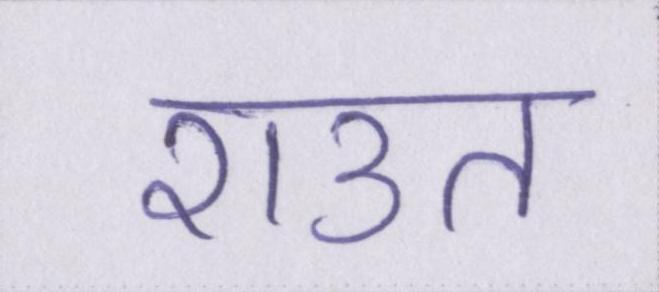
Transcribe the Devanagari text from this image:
राउत